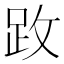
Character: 𫏂